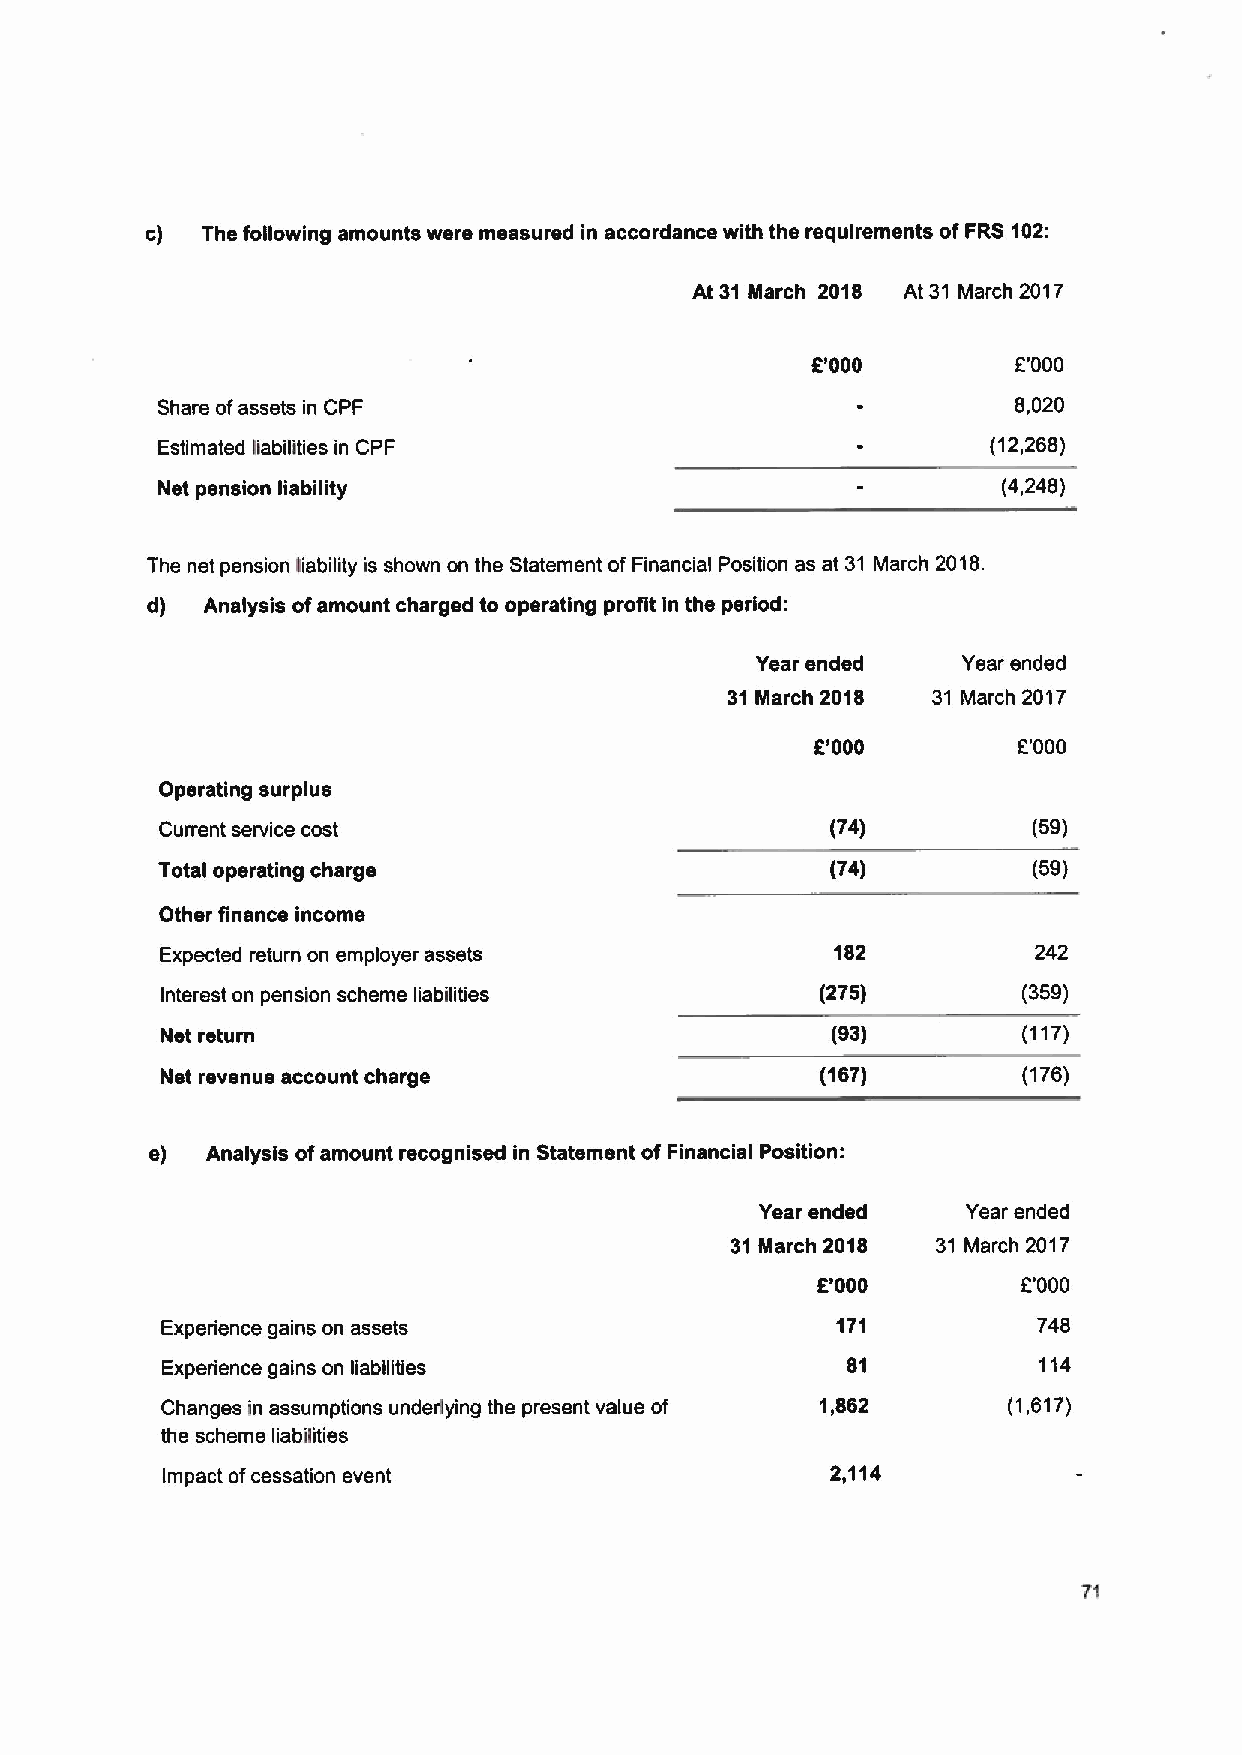
c) The following amounts were measured in accordance with the requirements ofFRS 102:
 At 31 March 2018 At 31 March 2017
 8'000        E'000
 Share ofassets in CPF                                    8,020
 Estimated liabilities in CPF                            (12,268)
 Net pension liability                                   (4,248)
 The net pension liability is shown on the Statement of Financial Position as at 31 March 2018.
 d)  Analysis ofamount charged to operating profit in the period:
 Year ended    Year ended
 31March 2018  31 March 2017
 8'000        E'000
 Operating surplus
 Current service cost                        (74)         (59)
 Total operating charge                       (74)         (59)
 Other finance income
 Expected return on employer assets          182           242
 Interest on pension scheme liabilities     (275)         (359)
 Net return                                  (93)         (117)
 Net revenue account charge                 (167)         (176)
 e)  Analysis ofamount recognised in Statement of Financial Position:
 Year ended    Year ended
 31March 2018  31 March 2017
 f'000         E'000
 Experience gains on assets                  171           748
 Experience gains on liabilities              81           114
 Changes in assumptions underlying the present value of 1,862 (1,617)
 the scheme liabilities
 Impact ofcessation event                    2,114
 71